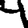
Digit: 4